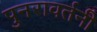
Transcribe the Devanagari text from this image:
पुनरावर्तनी